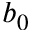
b _ { 0 }